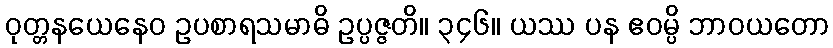
ဝုတ္တနယေနေဝ ဥပစာရသမာဓိ ဥပ္ပဇ္ဇတိ။ ၃၄၆။ ယဿ ပန ဧဝမ္ပိ ဘာဝယတော